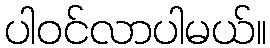
ပါဝင်လာပါမယ်။